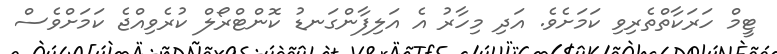
ޓީމް ހަރަކާތްތެރިވި ކަމަށެވެ. އަދި މިހާރު އެ އަލިފާންގަނޑު ކޮންޓްރޯލް ކުރެވިއްޖެ ކަމަށްވެސް